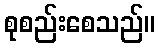
စုစည်းစေသည်။